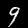
Label: 9